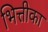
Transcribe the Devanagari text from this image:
भित्तीका